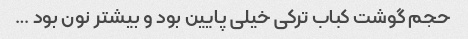
حجم گوشت کباب ترکی خیلی پایین بود و بیشتر نون بود …